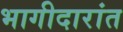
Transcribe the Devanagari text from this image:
भागीदारांत